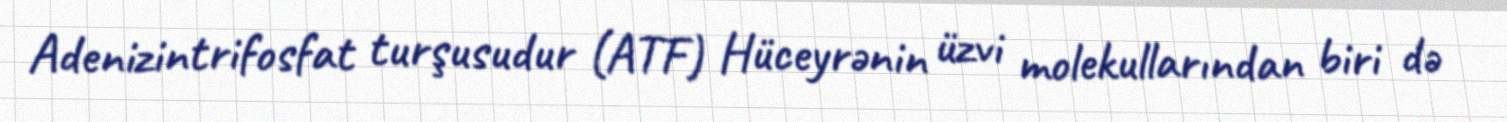
Adenizintrifosfat turşusudur (ATF) Hüceyrənin üzvi molekullarından biri də